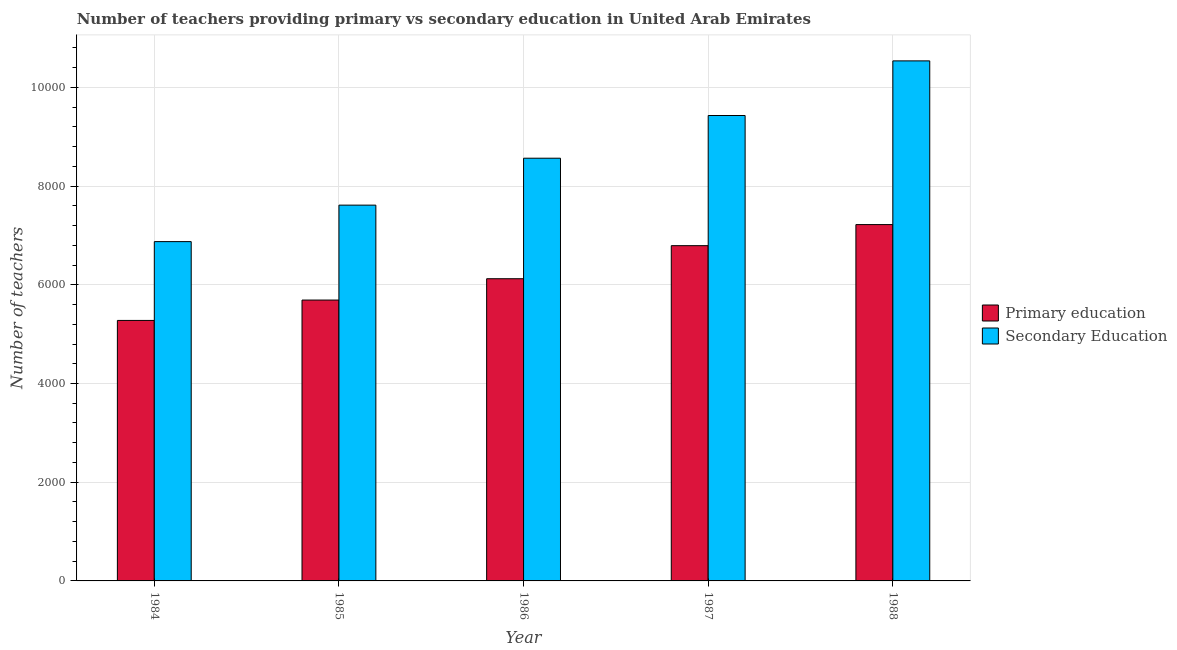
| Year | Primary education | Secondary Education |
 | --- | --- | --- |
 | 1984 | 5.28e+03 | 6.88e+03 |
 | 1985 | 5.69e+03 | 7.61e+03 |
 | 1986 | 6.12e+03 | 8.56e+03 |
 | 1987 | 6.79e+03 | 9.43e+03 |
 | 1988 | 7.22e+03 | 1.05e+04 |